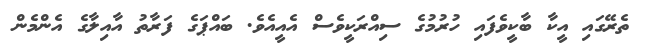
ތެރޭގައި އީކާ ބާކީވެފައި ހުރުމުގެ ސިއްރަކީވެސް އެއީއެވެ. ބައްޕަގެ ފަރާތު އާއިލާގެ އެންމެން